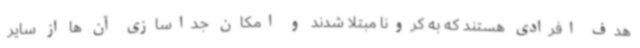
هدف افرادی هستند که به کرونا مبتلا شدند و امکان جداسازی آن ها از سایر